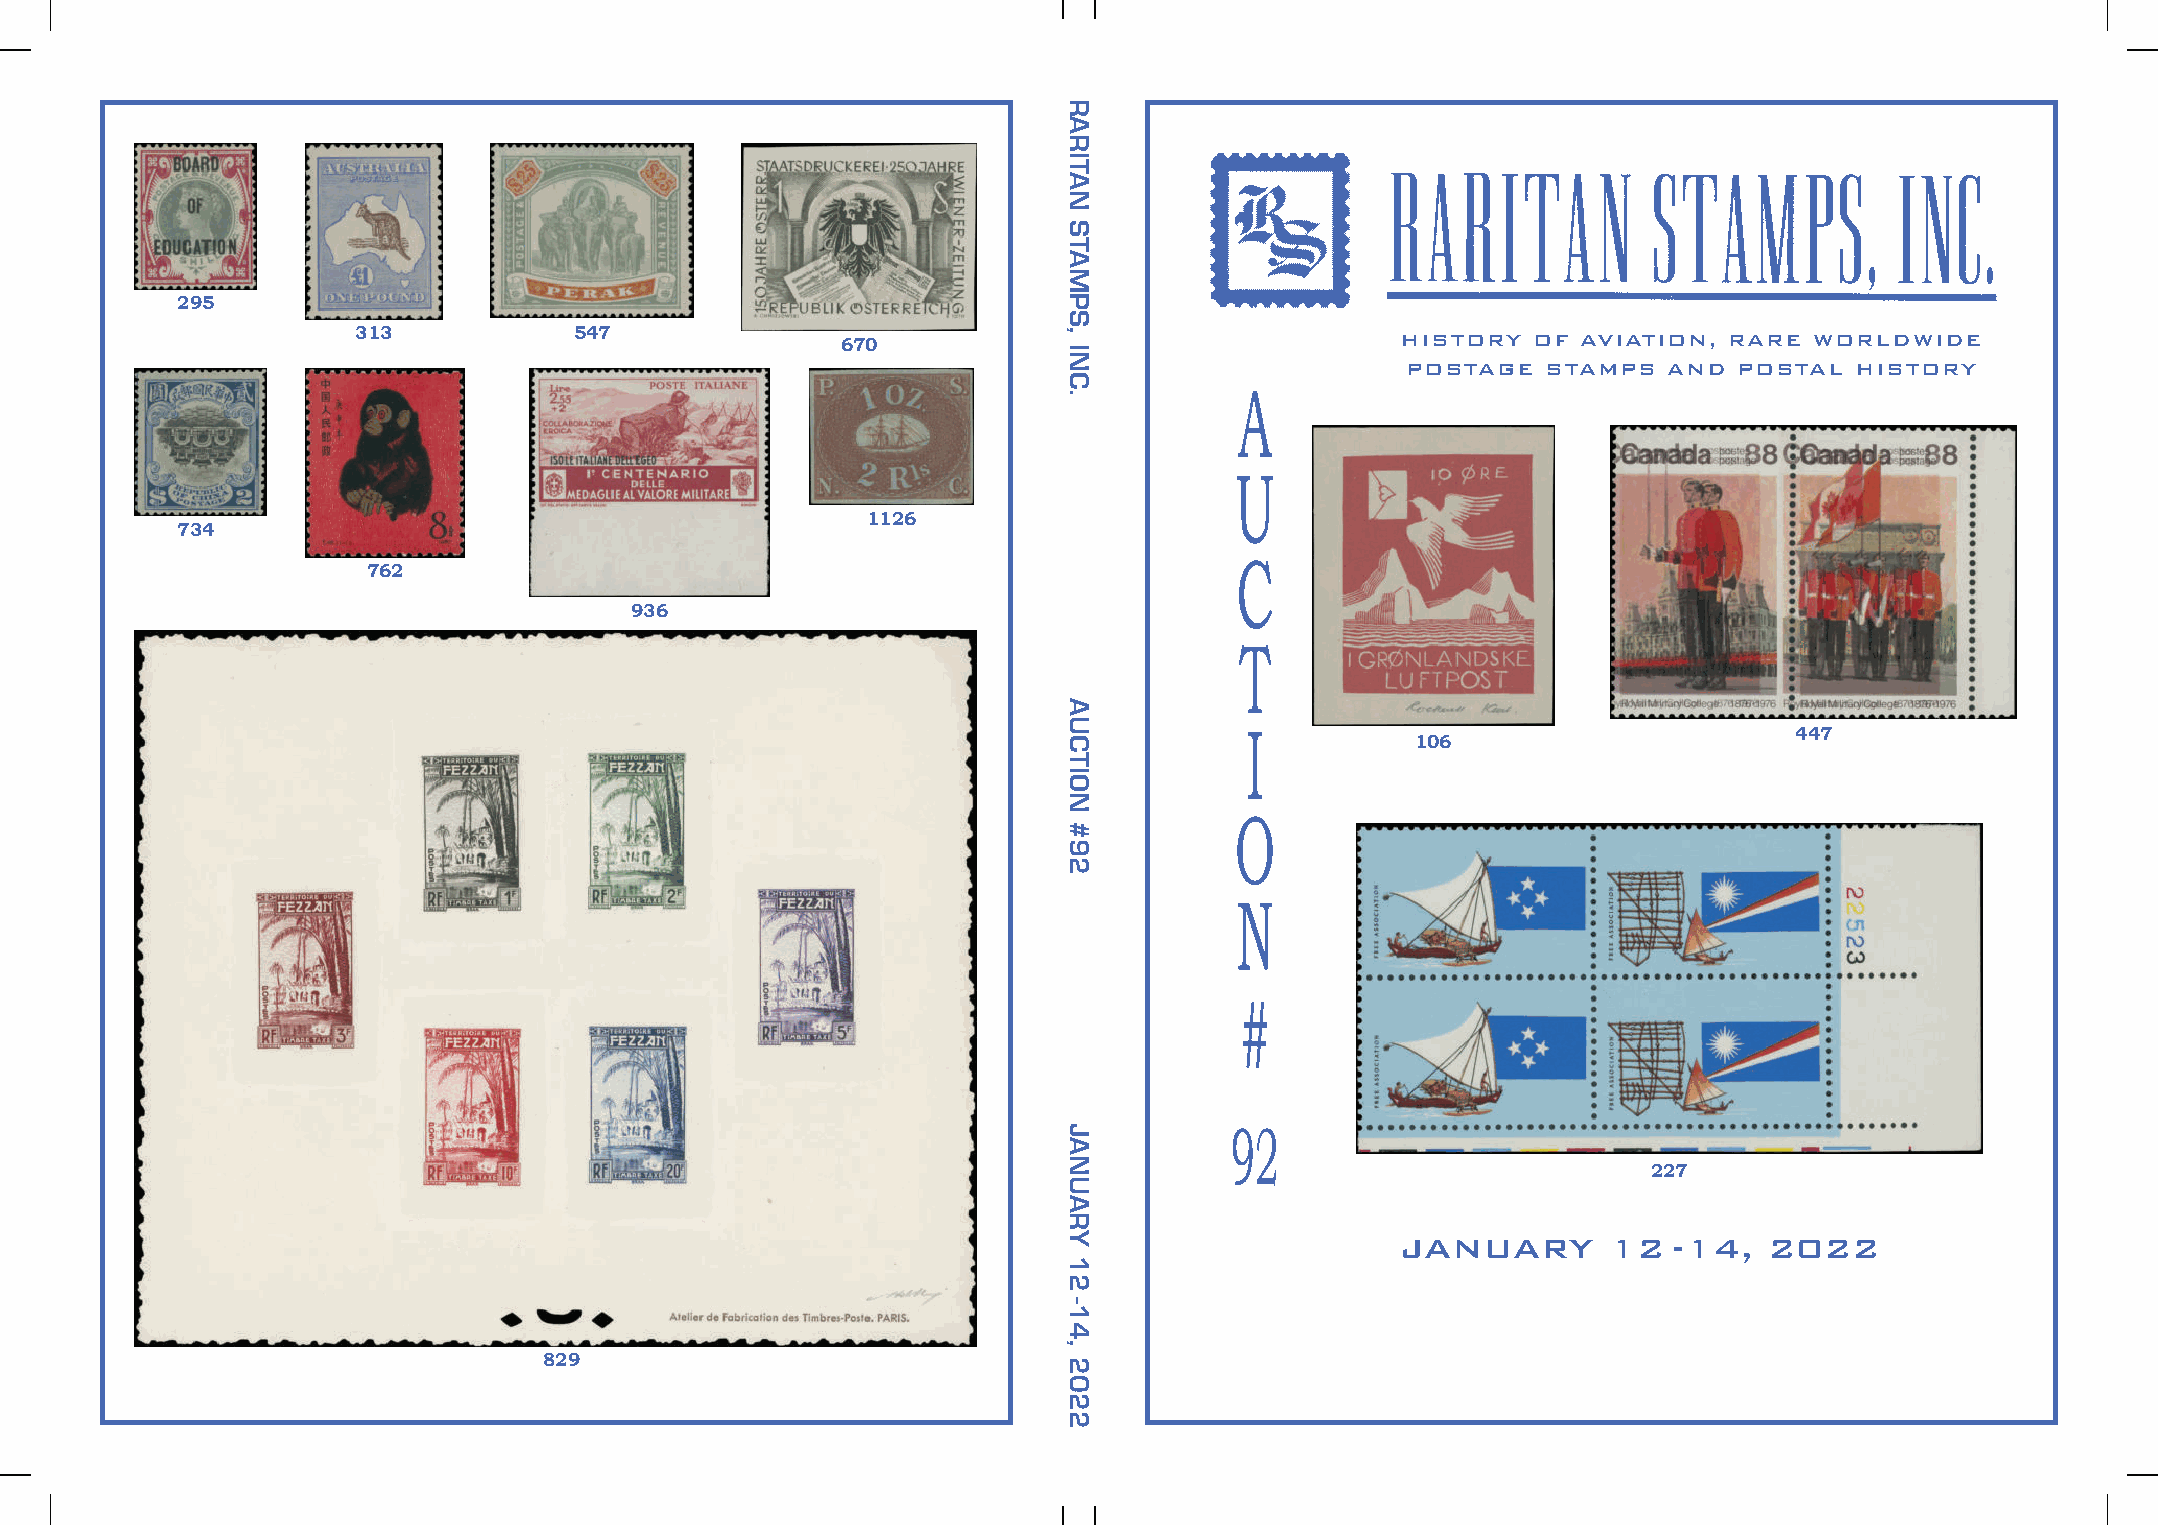
295
 313           547
 670                                  HISTORY OF  AVIATION, RARE WORLDWIDE
 A          POSTAGE  STAMPS  AND  POSTAL  HISTORY
 U
 1126
 734
 C
 762
 936
 T
 I
 447
 106
 O
 N
 #
 92
 227
 JANUARY      12   -14,  2022
 829
 RARITAN
 STAMPS,
 INC.
 AUCTION
 #92
 JANUARY
 12
 -14,
 2022